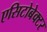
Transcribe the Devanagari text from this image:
एसिटोबेक्टर